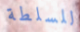
للسلطة